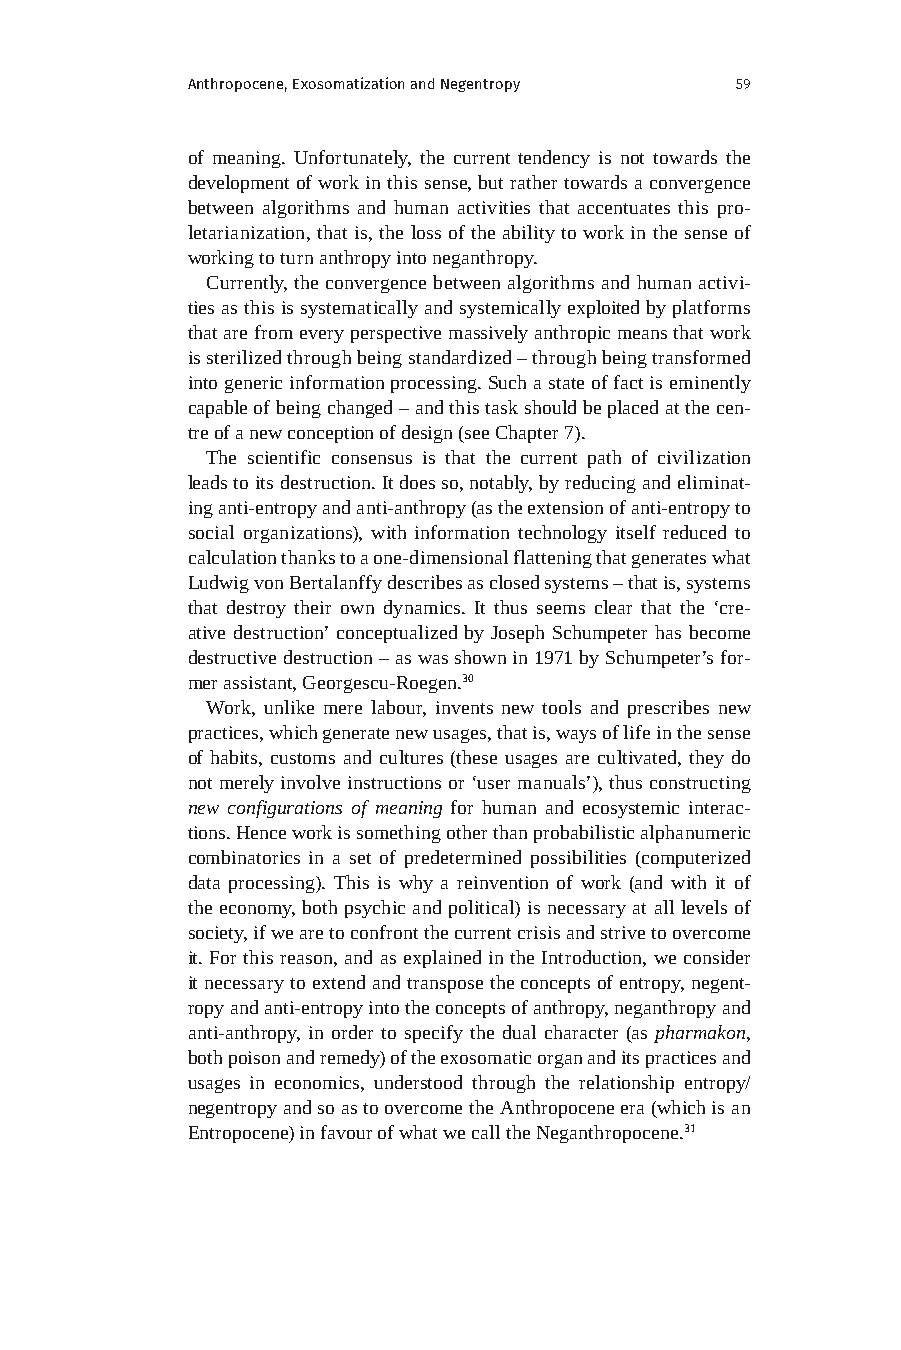
Anthropocene, Exosomatization and Negentropy 59
 of meaning. Unfortunately, the current tendency is not towards the
 development of work in this sense, but rather towards a convergence
 between algorithms and human activities that accentuates this pro-
 letarianization, that is, the loss of the ability to work in the sense of
 working to turn anthropy into neganthropy.
 Currently, the convergence between algorithms and human activi-
 ties as this is systematically and systemically exploited by platforms
 that are from every perspective massively anthropic means that work
 is sterilized through being standardized – through being transformed
 into generic information processing. Such a state of fact is eminently
 capable of being changed – and this task should be placed at the cen-
 tre of a new conception of design (see Chapter 7).
 The scientific consensus is that the current path of civilization
 leads to its destruction. It does so, notably, by reducing and eliminat-
 ing anti-entropy and anti-anthropy (as the extension of anti-entropy to
 social organizations), with information technology itself reduced to
 calculation thanks to a one-dimensional flattening that generates what
 Ludwig von Bertalanffy describes as closed systems – that is, systems
 that destroy their own dynamics. It thus seems clear that the ‘cre-
 ative destruction’ conceptualized by Joseph Schumpeter has become
 destructive destruction – as was shown in 1971 by Schumpeter’s for-
 mer assistant, Georgescu-Roegen.30
 Work, unlike mere labour, invents new tools and prescribes new
 practices, which generate new usages, that is, ways of life in the sense
 of habits, customs and cultures (these usages are cultivated, they do
 not merely involve instructions or ‘user manuals’), thus constructing
 new configurations of meaning for human and ecosystemic interac-
 tions. Hence work is something other than probabilistic alphanumeric
 combinatorics in a set of predetermined possibilities (computerized
 data processing). This is why a reinvention of work (and with it of
 the economy, both psychic and political) is necessary at all levels of
 society, if we are to confront the current crisis and strive to overcome
 it. For this reason, and as explained in the Introduction, we consider
 it necessary to extend and transpose the concepts of entropy, negent-
 ropy and anti-entropy into the concepts of anthropy, neganthropy and
 anti-anthropy, in order to specify the dual character (as pharmakon,
 both poison and remedy) of the exosomatic organ and its practices and
 usages in economics, understood through the relationship entropy/
 negentropy and so as to overcome the Anthropocene era (which is an
 Entropocene) in favour of what we call the Neganthropocene.31